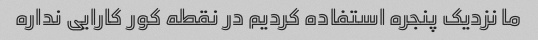
ما نزدیک پنجره استفاده کردیم در نقطه کور کارایی نداره